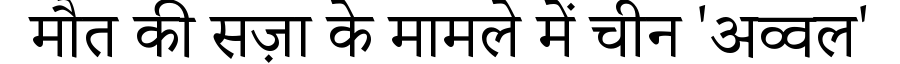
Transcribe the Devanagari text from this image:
मौत की सज़ा के मामले में चीन 'अव्वल'